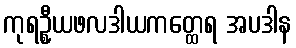
ကုရဦ္စယဖလဒါယကတ္ထေရ အပဒါန